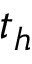
t _ { h }